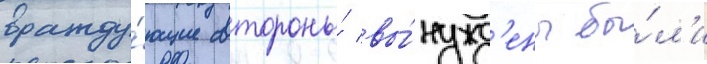
вражду́ющие стороны́ вы́нужд'ены бы́л'и